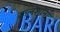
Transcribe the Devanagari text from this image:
कलशांना